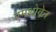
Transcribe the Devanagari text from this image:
एमथोवेन